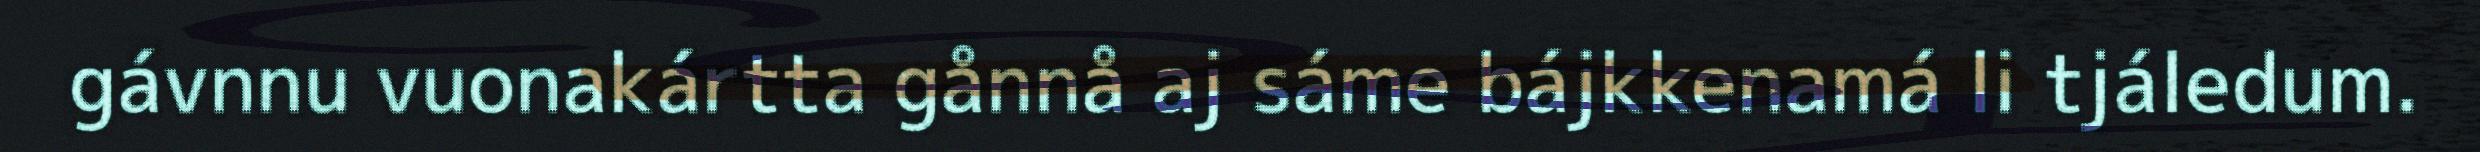
gávnnu vuonakártta gånnå aj sáme bájkkenamá li tjáledum.